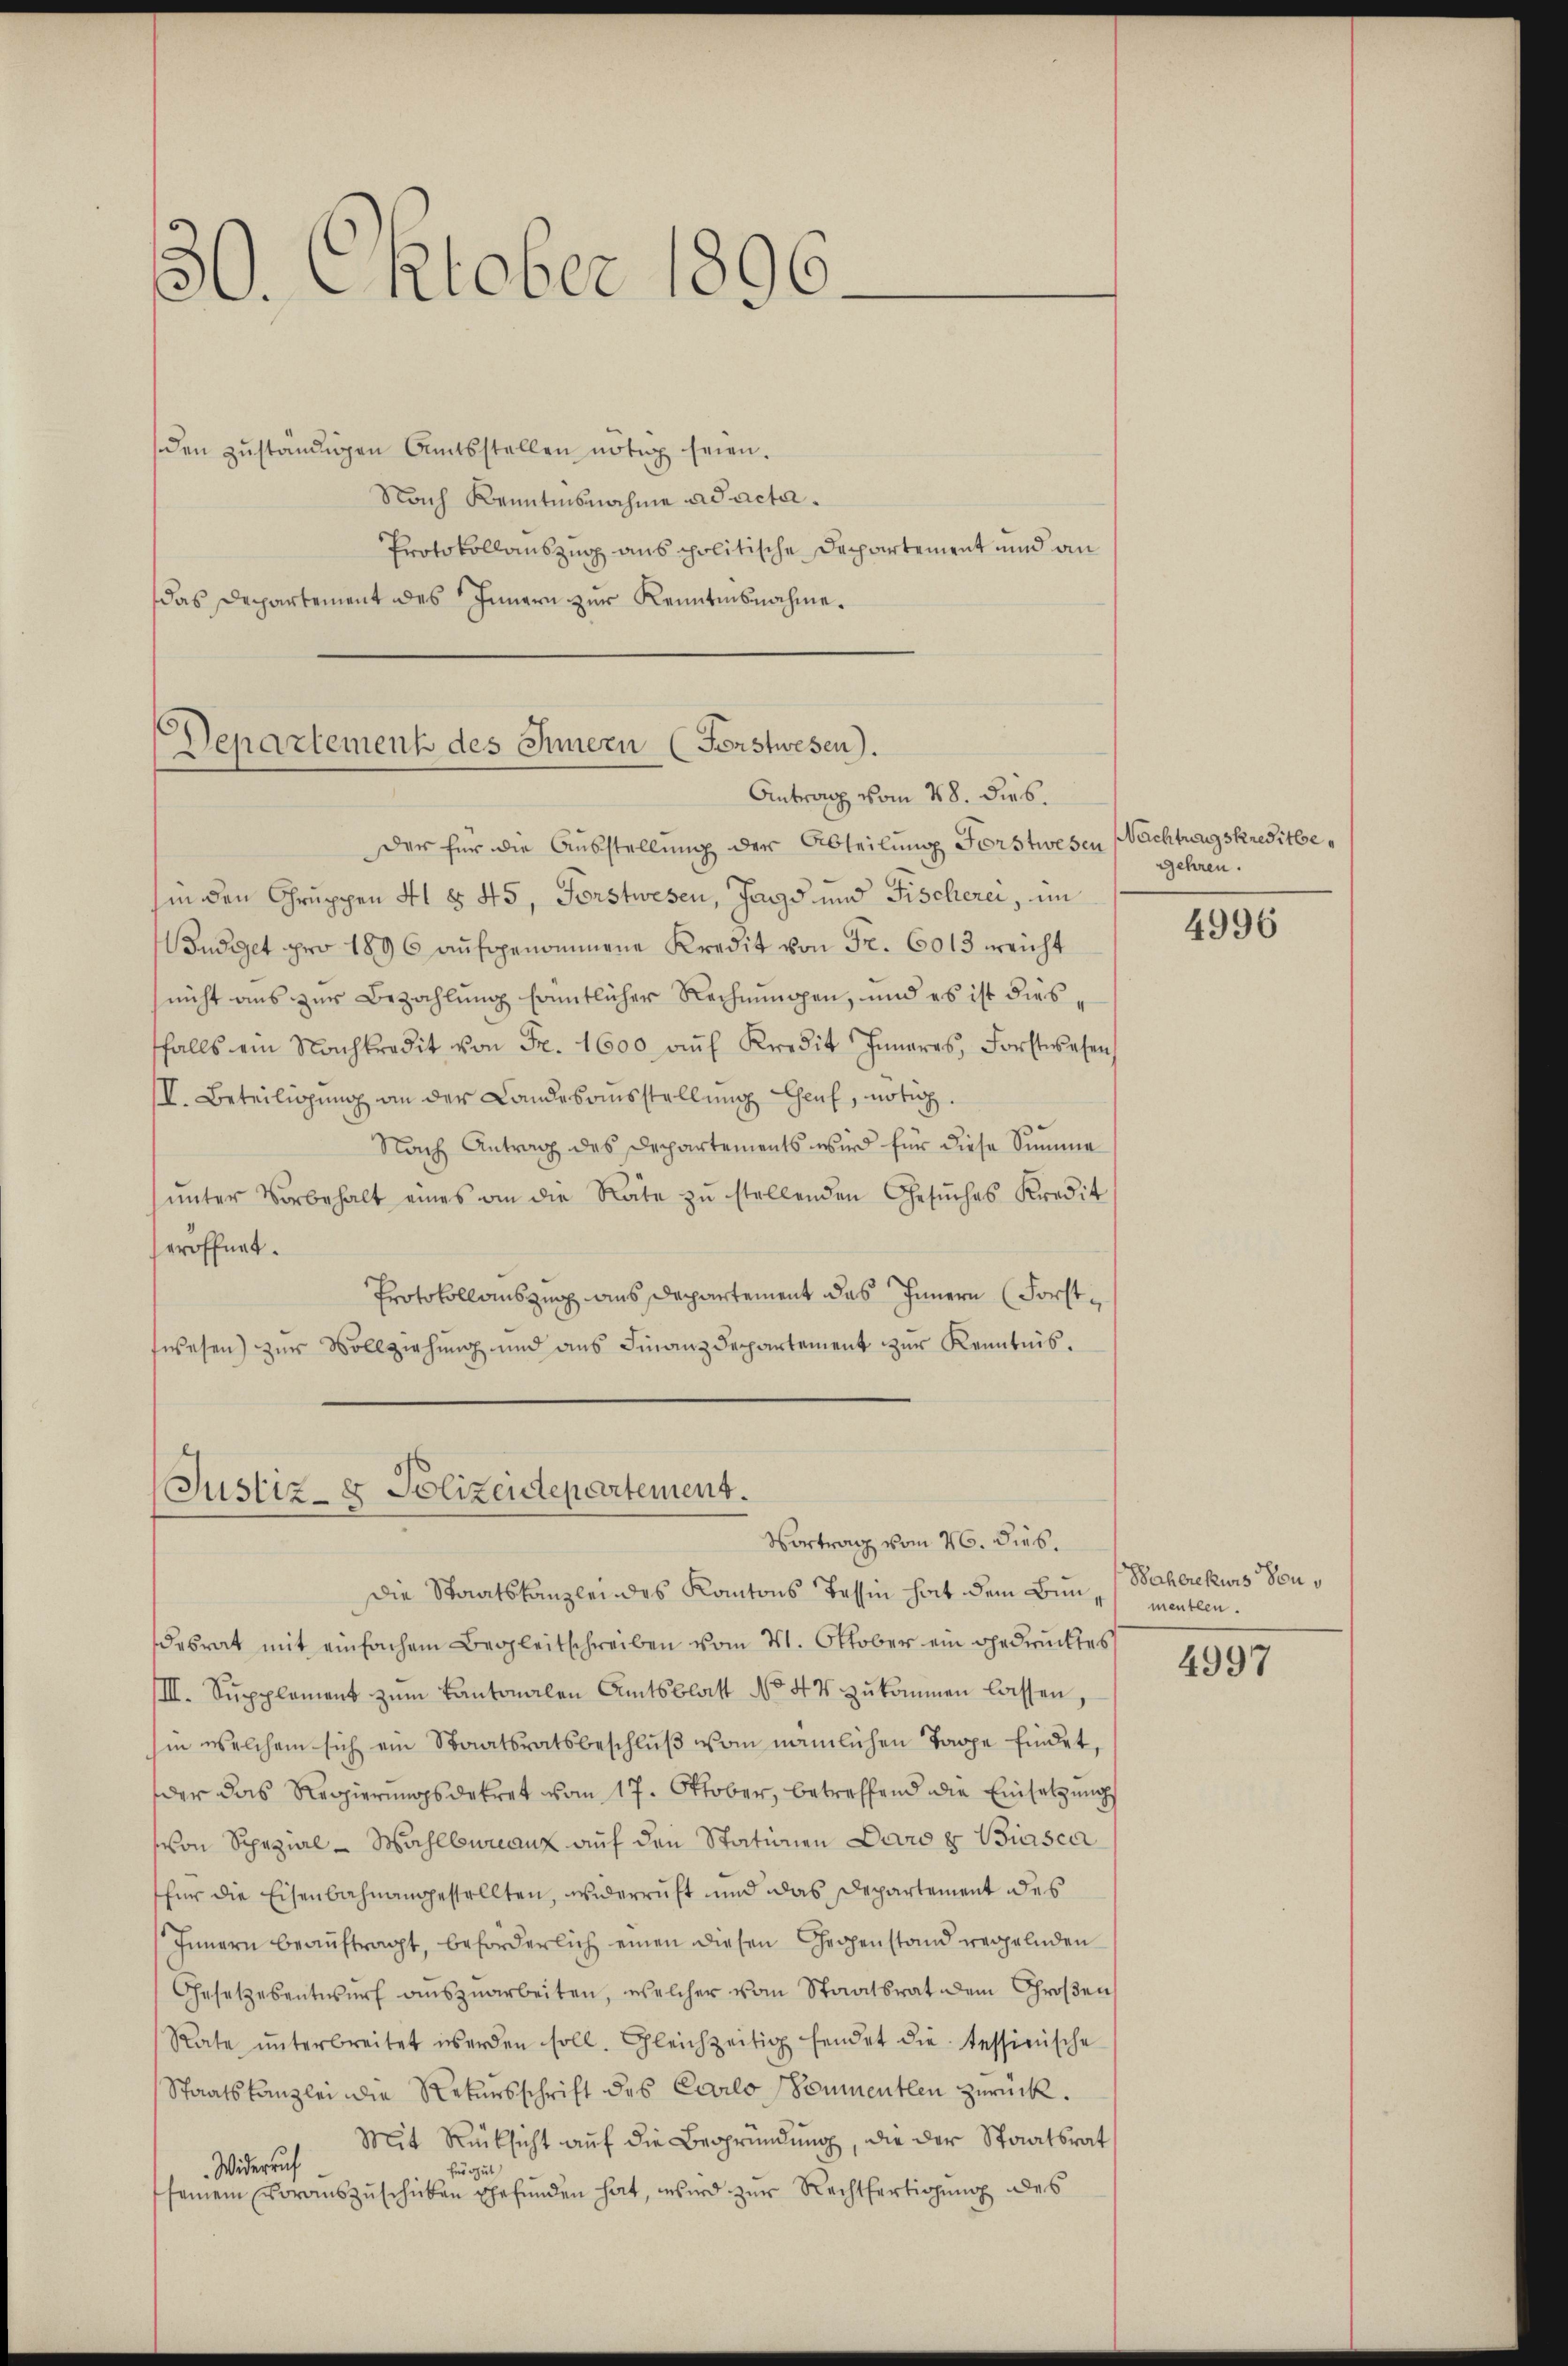
30. Oktober 1896.

den zuständigen Amtsstellen nötig seien.
Nach Kenntnisnahme ad acta.
Protokollauszug aus politische Departement und an
das Departement des Innern zur Kenntnisnahme.

Departement des Innern (Forstwesen).
Antrag vom 28. Dieb.

Der für die Ausstellung der Abteilung Forstwesen
in den Gruppen 41 § 45, Forstwesen, Jagd und Fischerei, im
Budget pro 1896 aufgenommene Kredit von Fr. 6013 weicht
snicht aus zur Bezahlung sämmtlicher Rechnungen, und es ist diesffalls ein Nachkredit von Fr. 1600 aŭf Kredit Inneres, Forstwesen
II. Beteiligung an der Landesausstellung auf, nötig.
Nach Antrag des Departements wird für diese Summe
ŭnter Vorbehalt eines an die Rate zŭ stellenden Gesŭches Kredit
eröffnet.
Protokollauszug aus Departement das Innern (Forstswesen) zur Vollziehung und aus Finanzdepartement zur Kenntnis.

Justiz- & Polizeidepartement.
Vortrag vom 26. dies.

Nachtragskreditbegehren.

Die Staatskanzleines Kantons Tessin hat dem Bun- menten
desrat mit einfachem Begleitschreiben vom 21. Oktober ein gedrucktes
III. Supplement zum Kantonalen Amtsblatt No 44 zukommen lassen,
in welchem sich ein Staatsratsbeschluß vom nämlichen Tappe findet,
der das Regierungsdekret vom 17. Oktober, betreffend die Einsetzung
von Spezial-Wahlburanz auf den Stationen Daro 8 Biasca
für die Eisenbahnangestellten, widerruft und das Departement des
Innern beaŭftragt, beforderlich einen diesen Gegenstand regelnden
Gesetzesentwurf auszuarbeiten, welcher vom Staatsrat dem Großen,
Rate ŭnterbreitet werden soll. Gleichzeitig findet die tessinische
Staatskanzlei die Rekursschrift des Carlo (Sommentlen zurück.
Mit Rücksicht auf die Begründung, die der Staatsrat
Widerruf
no zu
seinem vorauszuschicken gefunden hat, wird zur Rechtfertigung des

4996

Baherekurs von d

4997